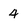
Character: 4